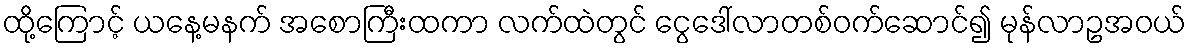
ထို့ကြောင့် ယနေ့မနက် အစောကြီးထကာ လက်ထဲတွင် ငွေဒေါ်လာတစ်ဝက်ဆောင်၍ မုန်လာဥအဝယ်